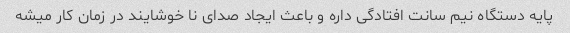
پایه دستگاه نیم سانت افتادگی داره و باعث ایجاد صدای نا خوشایند در زمان کار میشه